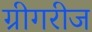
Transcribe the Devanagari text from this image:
ग्रीगरीज